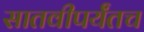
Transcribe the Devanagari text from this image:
सातवीपर्यंतच